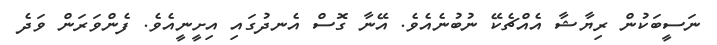
ނަސީބަކުން ރިޔާޝާ އެއްޗެކޭ ނުބުނެއެވެ. އޭނާ ގޮސް އެނދުގައި އިށީނީއެވެ. ފެންވަރަން ވަދެ